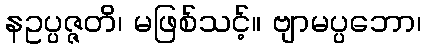
နဥပ္ပဇ္ဇတိ၊ မဖြစ်သင့်။ ဗျာမပ္ပဘော၊